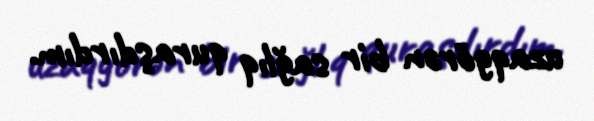
uzaqgörən bir sağlıq quraşdırdım.